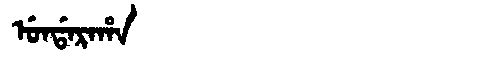
Manchu: ᡠᠨᡩᠠᡵᠠᡥᠠ
Romanization: UNDARAHA